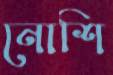
নোশি